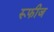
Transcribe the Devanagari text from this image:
रूफीज